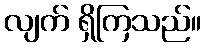
လျက် ရှိကြသည်။